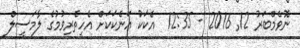
ނޮވެމްބަރު 12